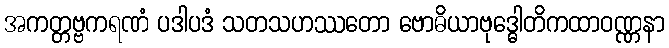
အကတ္တဗ္ဗကရဏံ ပဒါပဒံ သတသဟဿတော ဗောဓိယာဗုဒ္ဓေါတိကထာဝဏ္ဏနာ